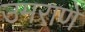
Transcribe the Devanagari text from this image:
उमराणे